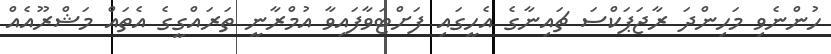
ހުންނެވި މަހިންދަ ރާޖަޕަކްސަ ޗައިނާގެ އެހީގައި ފަށްޓަވާފައިވާ އުމްރާނީ ތަރައްގީގެ އެތައް މަޝްރޫއެއް